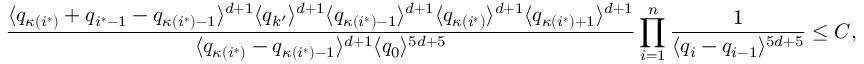
\frac { \langle q _ { \kappa ( i ^ { * } ) } + q _ { i ^ { * } - 1 } - q _ { \kappa ( i ^ { * } ) - 1 } \rangle ^ { d + 1 } \langle q _ { k ^ { \prime } } \rangle ^ { d + 1 } \langle q _ { \kappa ( i ^ { * } ) - 1 } \rangle ^ { d + 1 } \langle q _ { \kappa ( i ^ { * } ) } \rangle ^ { d + 1 } \langle q _ { \kappa ( i ^ { * } ) + 1 } \rangle ^ { d + 1 } } { \langle q _ { \kappa ( i ^ { * } ) } - q _ { \kappa ( i ^ { * } ) - 1 } \rangle ^ { d + 1 } \langle q _ { 0 } \rangle ^ { 5 d + 5 } } \prod _ { i = 1 } ^ { n } \frac { 1 } { \langle q _ { i } - q _ { i - 1 } \rangle ^ { 5 d + 5 } } \leq C ,